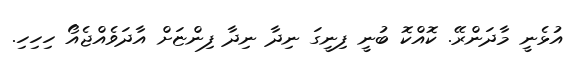
އުޅެނީ މާދަންރޭ. ކޮއްކޮ ބުނީ ފިނީގަ ނިދާ ނިދާ ފިންޏަށް އާދަވެއްޖެއޯ ހިހިހި.